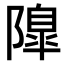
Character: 𨼍